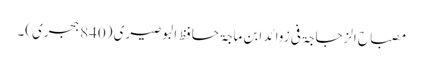
مصباح الزجاجۃ فی زوائد ابن ماجۃ حافظ البوصیری (840 ہجری)۔